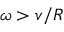
\omega > v / R